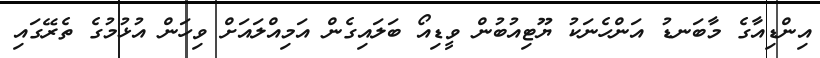
އިންޑިއާގެ މާބަނޑު އަންހެނަކު ޔޫޓިއުބުން ވީޑިއޯ ބަލައިގެން އަމިއްލައަށް ވިހަން އުޅުމުގެ ތެރޭގައި